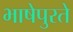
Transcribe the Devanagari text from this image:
भाषेपुरते